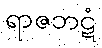
ရာဇဘဋံ